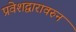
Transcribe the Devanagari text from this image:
प्रवेशद्वारावरुन